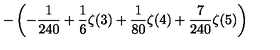
\displaystyle - \left( - \frac { 1 } { 2 4 0 } + \frac { 1 } { 6 } \zeta ( 3 ) + \frac { 1 } { 8 0 } \zeta ( 4 ) + \frac { 7 } { 2 4 0 } \zeta ( 5 ) \right)